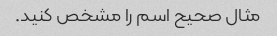
مثال صحیح اسم را مشخص کنید.